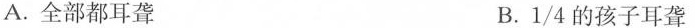
A.全部都耳聋 B.1/4的孩子耳聋